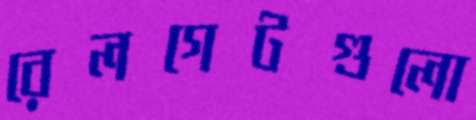
রেলগেটগুলো